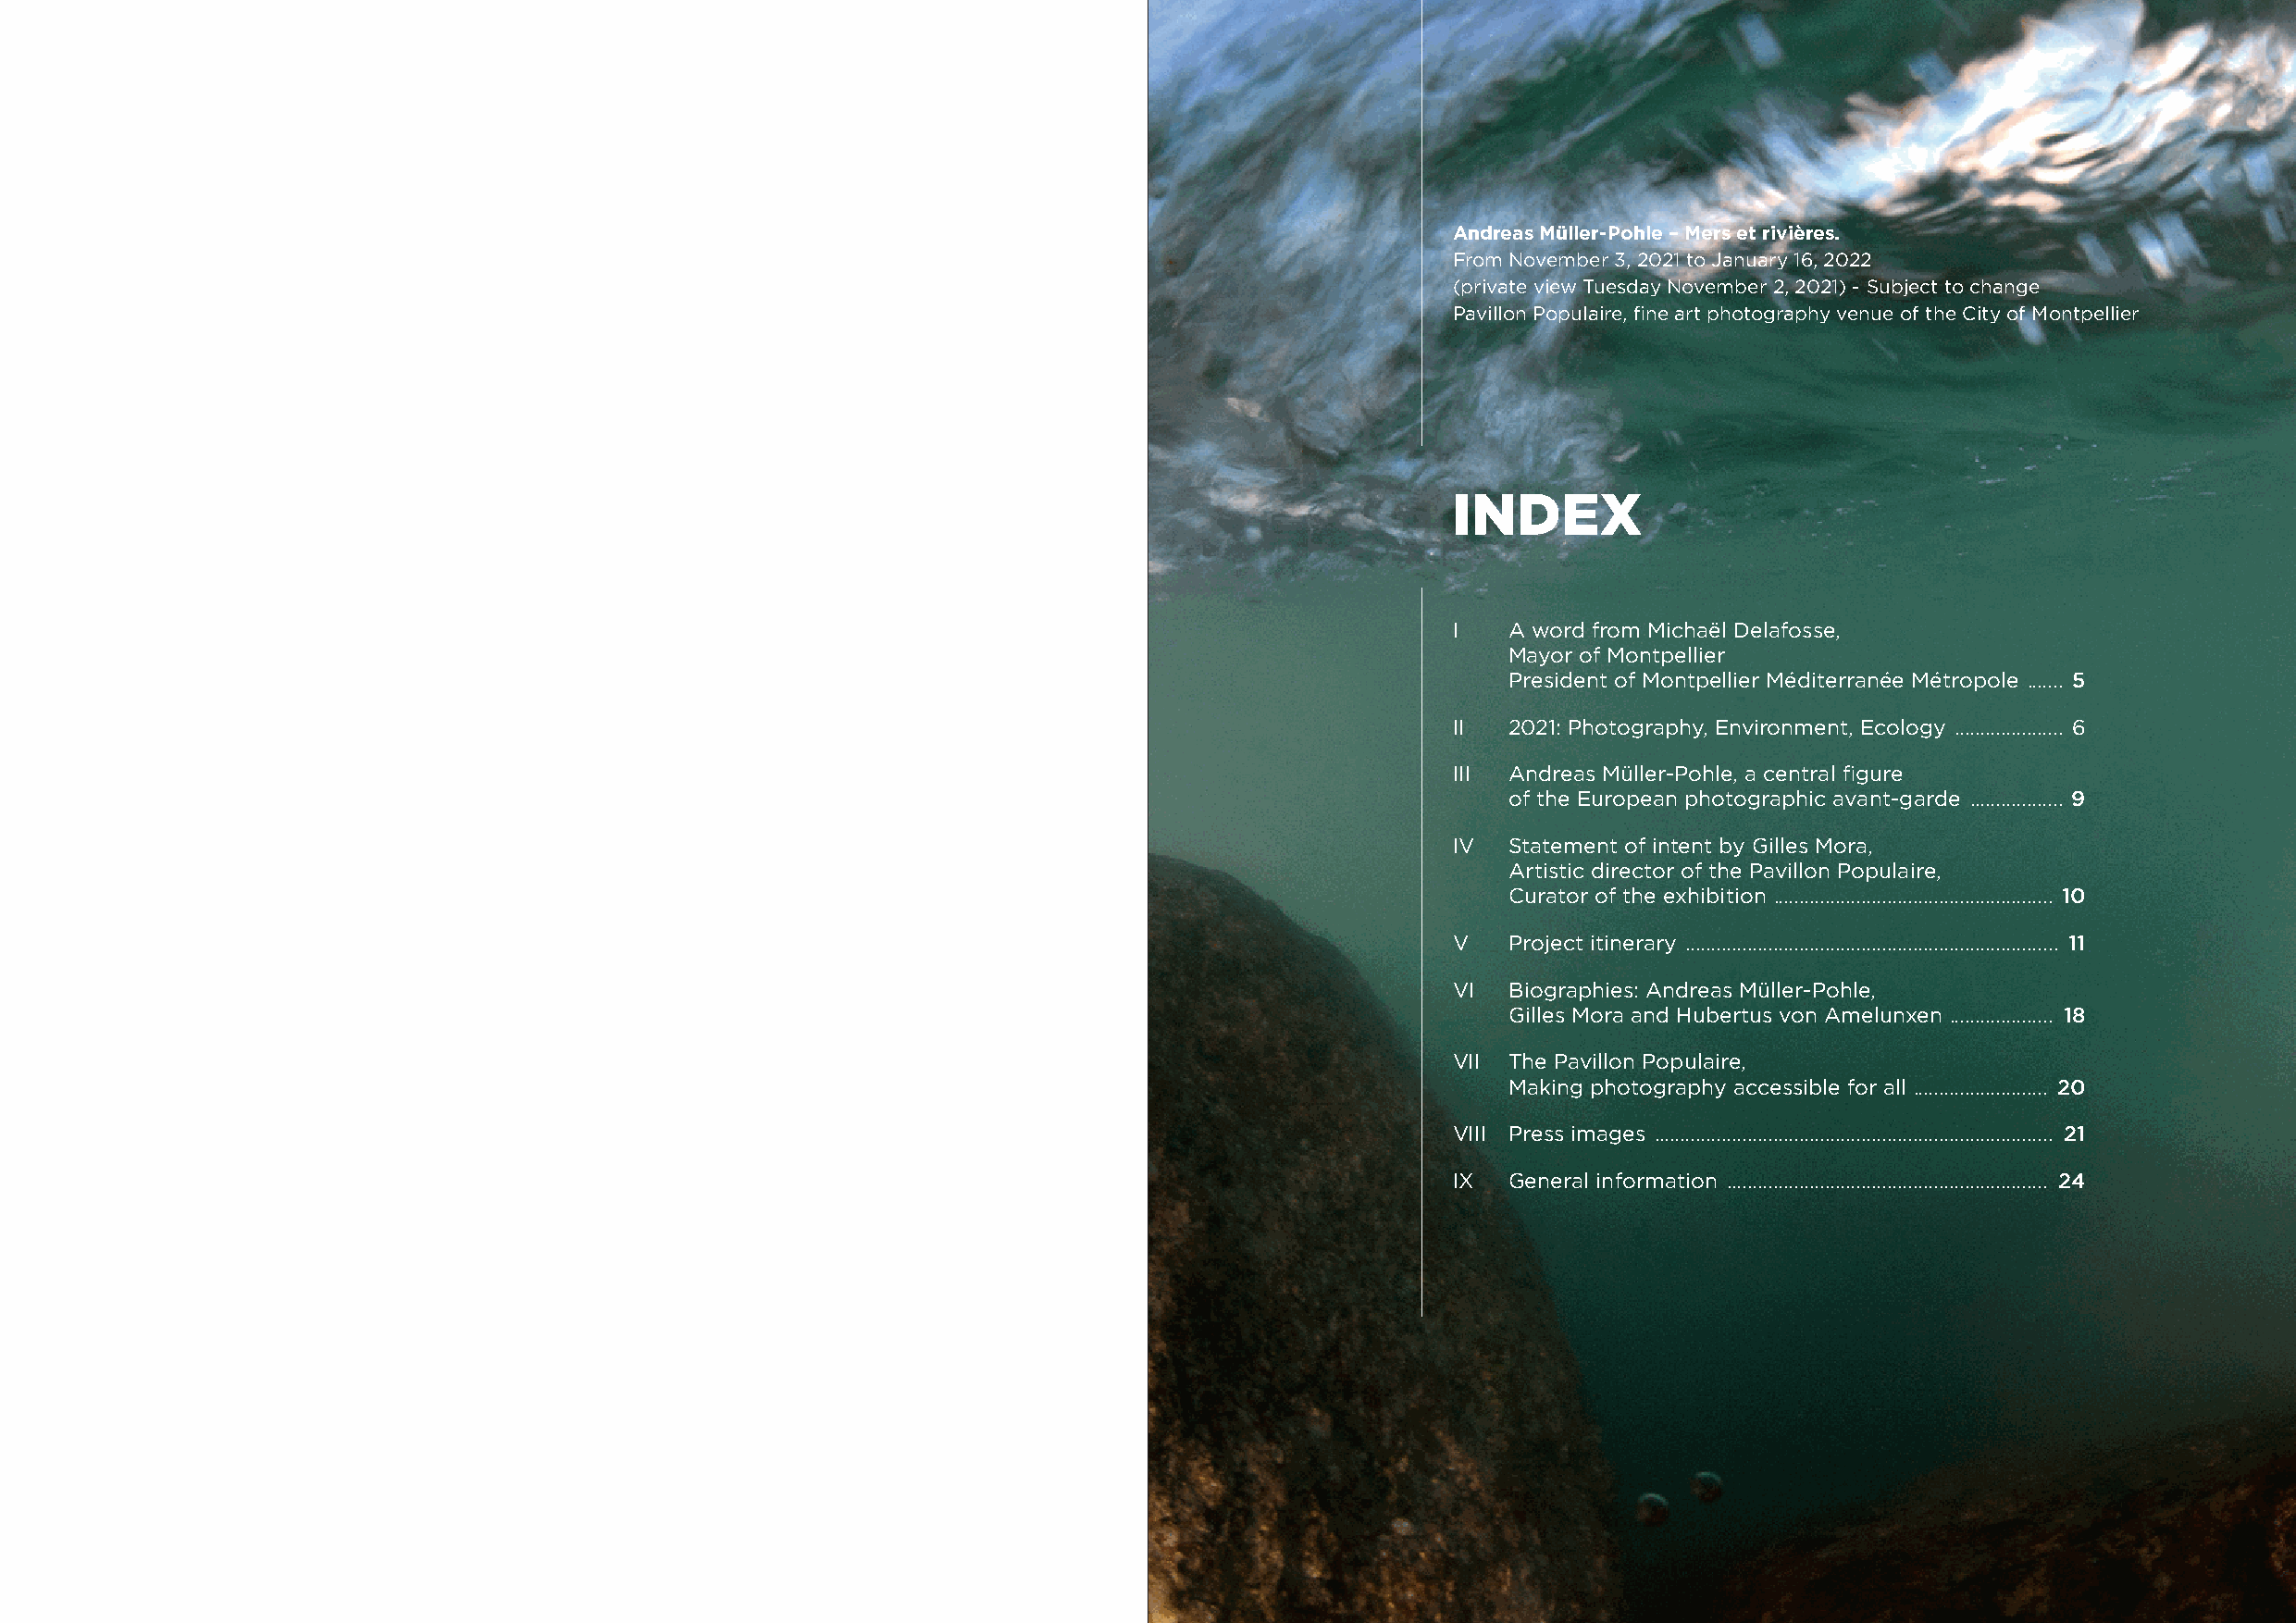
Andreas Müller-Pohle – Mers et rivières.
 From November 3, 2021 to January 16, 2022
 (private view Tuesday November 2, 2021) - Subject to change
 Pavillon Populaire, fine art photography venue of the City of Montpellier
 indEx
 I   A word from Michaël Delafosse,
 Mayor of Montpellier
 President of Montpellier Méditerranée Métropole ....... 5
 II  2021: Photography, Environment, Ecology ..................... 6
 III Andreas Müller-Pohle, a central figure
 of the European photographic avant-garde .................. 9
 IV  Statement of intent by Gilles Mora,
 Artistic director of the Pavillon Populaire,
 Curator of the exhibition ...................................................... 10
 V   Project itinerary ........................................................................ 11
 VI  Biographies: Andreas Müller-Pohle,
 Gilles Mora and Hubertus von Amelunxen .................... 18
 VII The Pavillon Populaire,
 Making photography accessible for all .......................... 20
 VIII Press images ............................................................................. 21
 IX  General information .............................................................. 24